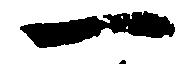
一